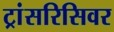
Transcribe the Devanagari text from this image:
ट्रांसरिसिवर